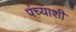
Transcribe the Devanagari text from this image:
पंच्याशी